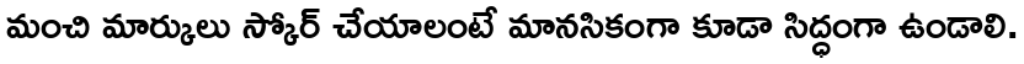
మంచి మార్కులు స్కోర్ చేయాలంటే మానసికంగా కూడా సిద్ధంగా ఉండాలి.